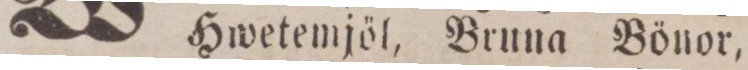
Hwetemjöl, Bruna Bönor,